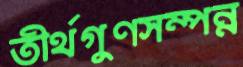
তীর্থগুণসম্পন্ন